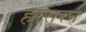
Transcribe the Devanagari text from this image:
हरसरन